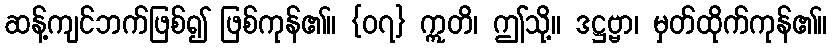
ဆန့်ကျင်ဘက်ဖြစ်၍ ဖြစ်ကုန်၏။ {၀၇} ဣတိ၊ ဤသို့။ ဒဋ္ဌဗ္ဗာ၊ မှတ်ထိုက်ကုန်၏။